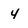
Character: 4